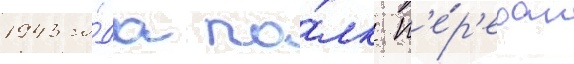
1943 го́да по́лк п'е́р'едан